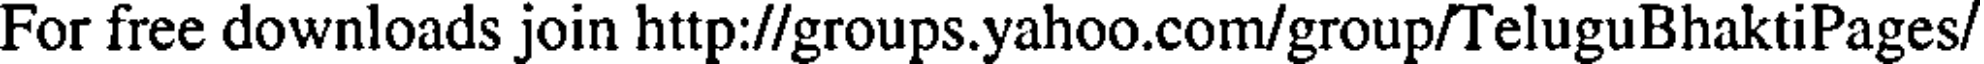
For free downloads join http://groups.yahoo.com/group/TeluguBhaktiPages/